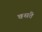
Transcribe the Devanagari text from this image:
वसंते